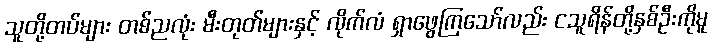
သူတို့တပ်များ တစ်ညလုံး မီးတုတ်များနှင့် လိုက်လံ ရှာဖွေကြသော်လည်း ငသူရိန်တို့နှစ်ဦးကိုမူ